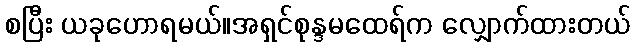
စပြီး ယခုဟောရမယ်။အရှင်စုန္ဒမထေရ်က လျှောက်ထားတယ်